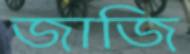
জাজি